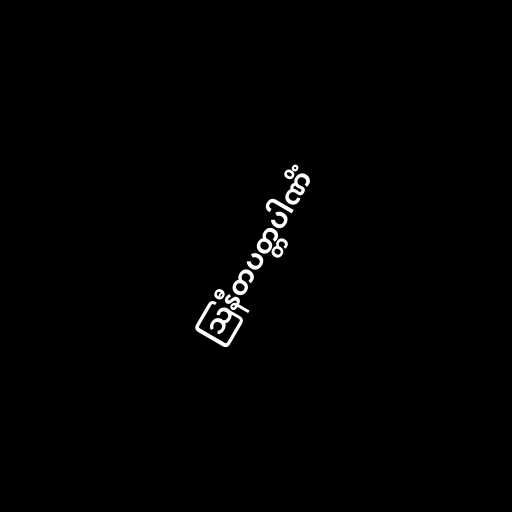
ဩနီတပတ္တပါဏိံ